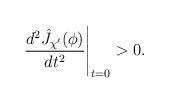
LaTeX: \begin{align*}\frac{d^2 \hat J_{\chi'}(\phi)}{d t^2} \Bigg|_{t = 0} > 0 .\end{align*}